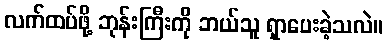
လက်ထပ်ဖို့ ဘုန်းကြီးကို ဘယ်သူ ရှာပေးခဲ့သလဲ။